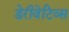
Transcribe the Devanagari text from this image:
डेरीवेटिव्स